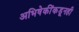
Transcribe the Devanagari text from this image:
अभिषेकींकडूनही